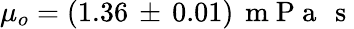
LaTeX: \mu_{o}=(1.36\, \pm\, 0.01)\, \mathrm{~m~P~a~}\, \mathrm{~s~}